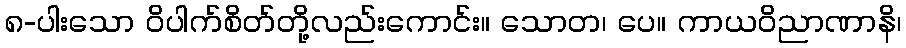
၈-ပါးသော ဝိပါက်စိတ်တို့လည်းကောင်း။ သောတ၊ ပေ။ ကာယဝိညာဏာနိ၊